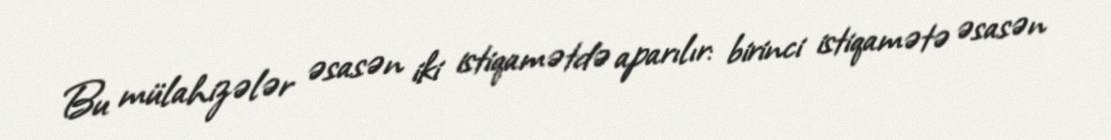
Bu mülahizələr əsasən iki istiqamətdə aparılır: birinci istiqamətə əsasən